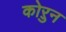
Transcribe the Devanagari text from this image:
कोऱुन